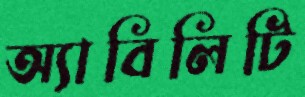
অ্যাবিলিটি